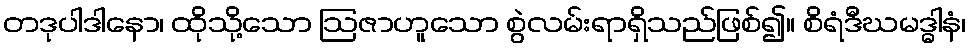
တဒုပါဒါနော၊ ထိုသို့သော ဩဇာဟူသော စွဲလမ်းရာရှိသည်ဖြစ်၍။ စိရံဒီဃမဒ္ဓါနံ၊